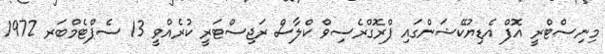
މިނިސްޓްރީ އޮފް އެޑިޔުކޭޝަންގައި ޕްރޮގްރެސިވް ކްލާސް ރަޖިސްޓަރީ ކުރެއްވީ 13 ސެޕްޓެމްބަރ 1972